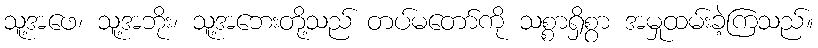
သူ့အဖေ၊ သူ့အဘိုး၊ သူ့အဘေးတို့သည် တပ်မတော်ကို သစ္စာရှိစွာ အမှုထမ်းခဲ့ကြသည်။